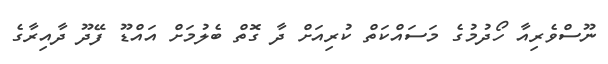
ނޫސްވެރިއާ ހޯދުމުގެ މަސައްކަތް ކުރިއަށް ދާ ގޮތް ބެލުމަށް އައްޑޫ ފޭދޫ ދާއިރާގެ